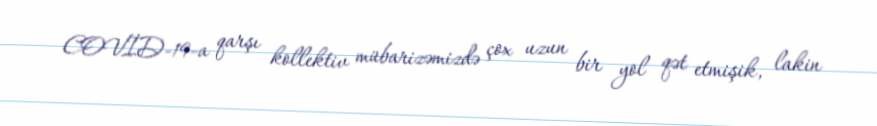
COVİD-19-a qarşı kollektiv mübarizəmizdə çox uzun bir yol qət etmişik, lakin